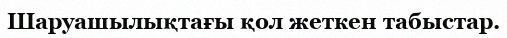
Шаруашылықтағы қол жеткен табыстар.